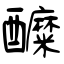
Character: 醾